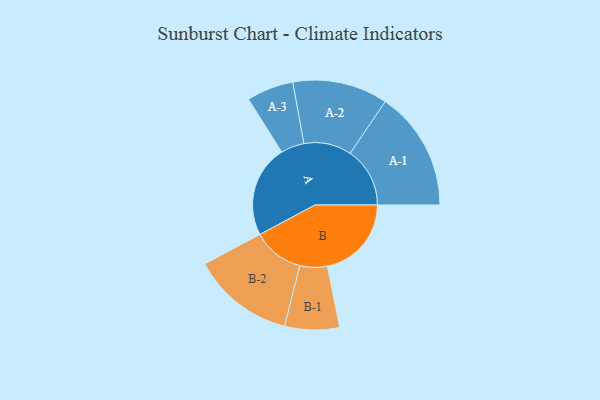
{"axis": {"x": "Segment", "y": "Value"}, "legend": ["", "A", "B"], "data": [{"x": "A", "y": 408, "type": ""}, {"x": "B", "y": 373, "type": ""}, {"x": "A-1", "y": 265, "type": "A"}, {"x": "A-2", "y": 211, "type": "A"}, {"x": "A-3", "y": 104, "type": "A"}, {"x": "B-1", "y": 121, "type": "B"}, {"x": "B-2", "y": 227, "type": "B"}]}